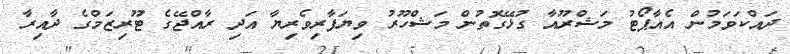
ދައްކަވަމުން އެއާޕޯޓު މަޝްރޫއާ ގުޅޭގޮތުން މަޝްހޫރު ވިޔަފާރިވެރިޔާ އަދި ރާއްޖޭގެ ޓޫރިޒަމްގެ ދާއިރާ